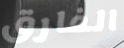
الفارق